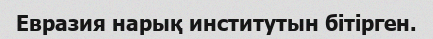
Евразия нарық институтын бітірген.